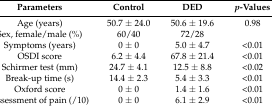
<table><thead><tr><td><b>Parameters</b></td><td><b>Control</b></td><td><b>DED</b></td><td><b><i>p</i>-Values</b></td></tr></thead><tbody><tr><td>Age (years)</td><td>50.7 ± 24.0</td><td>50.6 ± 19.6</td><td>0.98</td></tr><tr><td>Sex, female/male (%)</td><td>60/40</td><td>72/28</td><td></td></tr><tr><td>Symptoms (years)</td><td>0 ± 0</td><td>5.0 ± 4.7</td><td>&lt;0.01</td></tr><tr><td>OSDI score </td><td>6.2 ± 4.4</td><td>67.8 ± 21.4</td><td>&lt;0.01</td></tr><tr><td>Schirmer test (mm)</td><td>24.7 ± 4.1</td><td>12.5 ± 8.8</td><td>&lt;0.02</td></tr><tr><td>Break-up time (s)</td><td>14.4 ± 2.3</td><td>5.4 ± 3.3</td><td>&lt;0.01</td></tr><tr><td>Oxford score </td><td>0 ± 0</td><td>1.4 ± 1.6</td><td>&lt;0.01</td></tr><tr><td>Assessment of pain (/10)</td><td>0 ± 0</td><td>6.1 ± 2.9</td><td>&lt;0.01</td></tr></tbody></table>